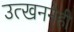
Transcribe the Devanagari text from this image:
उत्खननेही